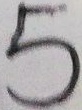
5